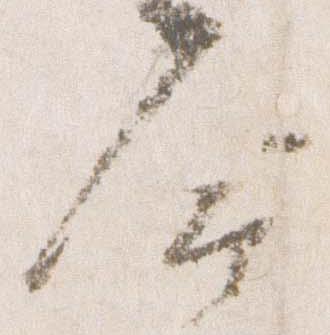
命